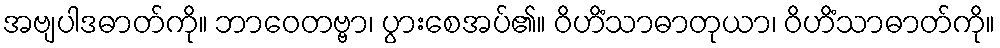
အဗျပါဒဓာတ်ကို။ ဘာဝေတဗ္ဗာ၊ ပွားစေအပ်၏။ ဝိဟိံသာဓာတုယာ၊ ဝိဟိံသာဓာတ်ကို။